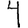
Digit: 4